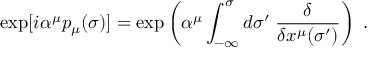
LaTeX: \exp [ i \alpha ^ { \mu } p _ { \mu } ( \sigma ) ] = \exp \left( \alpha ^ { \mu } \int _ { - \infty } ^ { \sigma } d \sigma ^ { \prime } \; \frac { \delta } { \delta x ^ { \mu } ( \sigma ^ { \prime } ) } \right) \; .